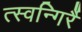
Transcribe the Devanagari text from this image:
त्स्वन्गिर्रै